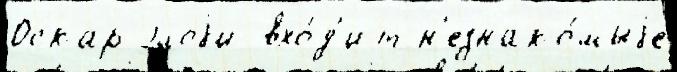
Оскар элоjи вхо́д'ит н'езнако́мыjе